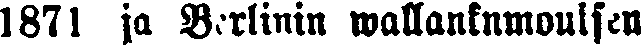
1871 ja Berlinin wallankumouksen